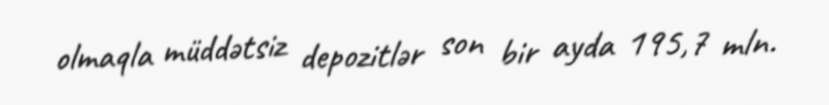
olmaqla müddətsiz depozitlər son bir ayda 195,7 mln.